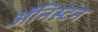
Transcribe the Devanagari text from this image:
ॲनिस्टन